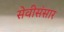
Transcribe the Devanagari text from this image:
सेवीसंसार